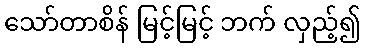
သော်တာစိန် မြင့်မြင့် ဘက် လှည့်၍